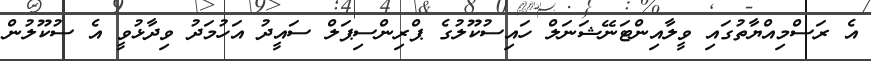
އެ ރަސްމިއްޔާތުގައި ވީލާއިންޓަނޭޝަނަލް ހައިސުކޫލުގެ ޕްރިންސިޕަލް ސައީދު އަހުމަދު ވިދާޅުވީ އެ ސުކޫލުން